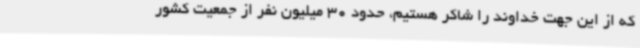
که از این جهت خداوند را شاکر هستیم، حدود 30 میلیون نفر از جمعیت کشور